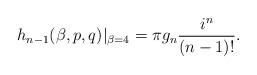
LaTeX: \begin{align*} h_{n-1}(\beta,p,q)|_{\beta = 4} = \pi g_n {i^n \over (n-1)!}. \end{align*}